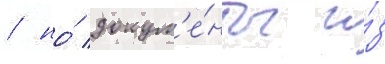
/ но́ докум'е́нты и́з